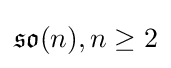
{\mathfrak {so}}(n),n\geq 2